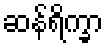
ဆန်ရိက္ခာ